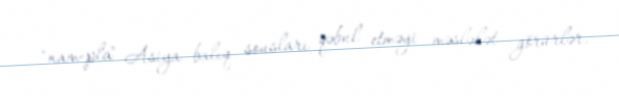
"nam-pla" Asiya balıq sousları qəbul etməyi məsləhət görürlər.